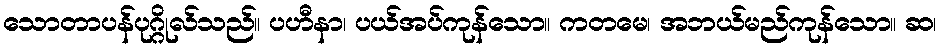
သောတာပန်ပုဂ္ဂိုလ်သည်။ ပဟီနာ၊ ပယ်အပ်ကုန်သော။ ကတမေ၊ အဘယ်မည်ကုန်သော။ ဆ၊